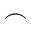
\frown